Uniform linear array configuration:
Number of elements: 16
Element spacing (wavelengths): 0.25
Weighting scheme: kaiser
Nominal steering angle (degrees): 60
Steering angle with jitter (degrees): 58.11
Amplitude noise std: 0.05
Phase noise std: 0.05

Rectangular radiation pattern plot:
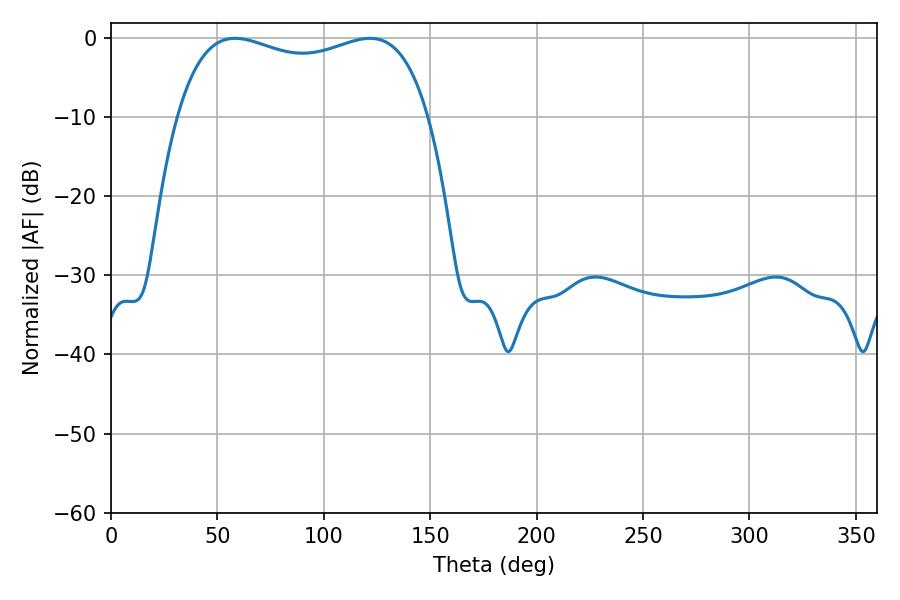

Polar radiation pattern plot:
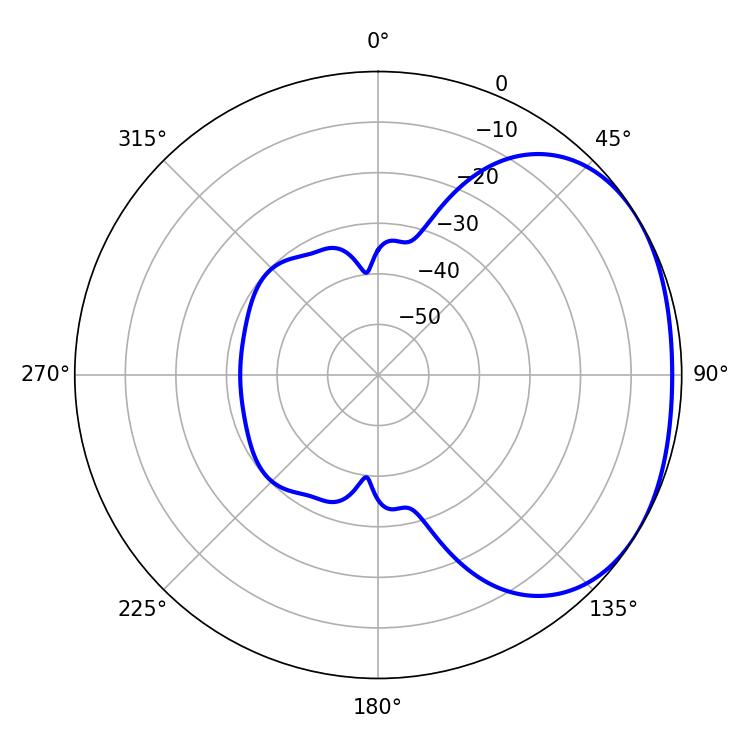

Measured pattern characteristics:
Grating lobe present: FALSE
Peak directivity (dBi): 1.939
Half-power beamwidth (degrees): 96.84
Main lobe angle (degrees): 58.32